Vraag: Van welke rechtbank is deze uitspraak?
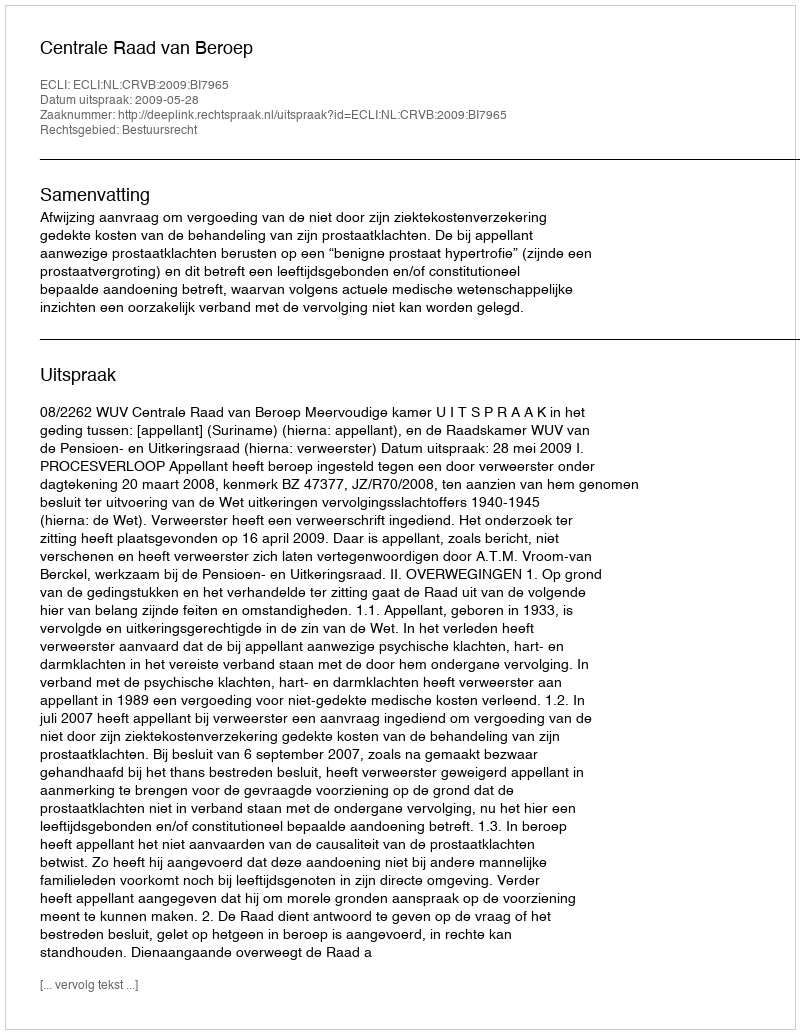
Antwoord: Centrale Raad van Beroep